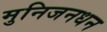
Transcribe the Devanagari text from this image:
मुनिजनधन